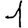
Digit: 1